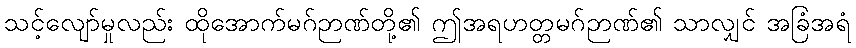
သင့်လျော်မှုလည်း ထိုအောက်မဂ်ဉာဏ်တို့၏ ဤအရဟတ္တမဂ်ဉာဏ်၏ သာလျှင် အခြံအရံ